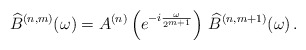
\begin{align*}{\widehat B}^{(n,m)}(\omega) = A^{(n)}\left(e^{-i \frac{\omega}{2^{m+1}}}\right)\, {\widehat B}^{(n,m+1)}(\omega)\,.\end{align*}